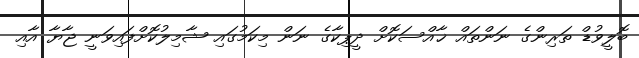
ބޮލީވުޑް ތަރިންގެ ނަންތައް ޚާއްސަކޮށް ދީޕިކާގެ ނަން މިކަމުގައި ޝާމިލުކޮށްފައިވަނީ ޖާޔާ އާއި